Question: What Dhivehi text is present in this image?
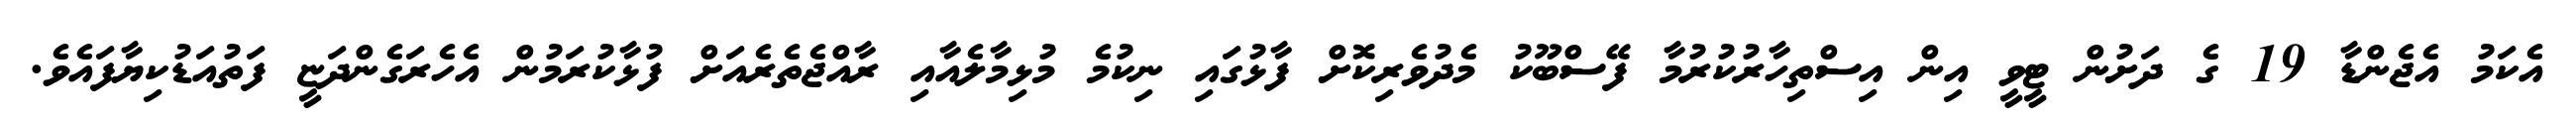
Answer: އެކަމު އެޖެންޑާ 19 ގެ ދަށުން ޓީވީ އިން އިސްތިހާރުކުރުމާ ފޭސްބޫކު މެދުވެރިކޮށް ފާޅުގައި ނިކުމެ މުޅިމާލެއާއި ރާއްޖެތެރެއަށް ފުޅާކުރަމުން އެހެރަގެންދަޏީ ފަތުއަޑުކިޔާފައެވެ.